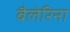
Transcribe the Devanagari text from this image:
बैलेरिना